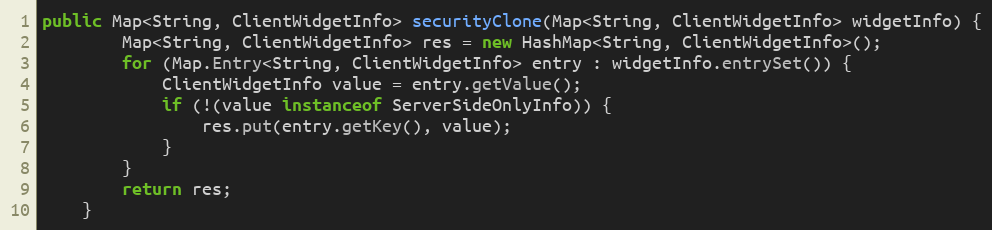
Language: Java
public Map<String, ClientWidgetInfo> securityClone(Map<String, ClientWidgetInfo> widgetInfo) {
		Map<String, ClientWidgetInfo> res = new HashMap<String, ClientWidgetInfo>();
		for (Map.Entry<String, ClientWidgetInfo> entry : widgetInfo.entrySet()) {
			ClientWidgetInfo value = entry.getValue();
			if (!(value instanceof ServerSideOnlyInfo)) {
				res.put(entry.getKey(), value);
			}
		}
		return res;
	}